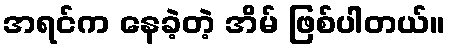
အရင်က နေခဲ့တဲ့ အိမ် ဖြစ်ပါတယ်။